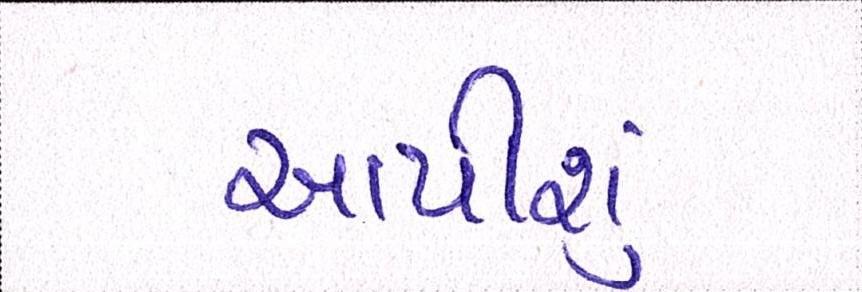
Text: આપીશું